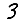
Digit: 3